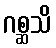
ဂစ္ဆသိ